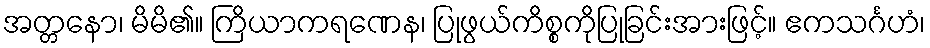
အတ္တနော၊ မိမိ၏။ ကြိယာကရဏေန၊ ပြုဖွယ်ကိစ္စကိုပြုခြင်းအားဖြင့်။ ဧကသင်္ဂဟံ၊